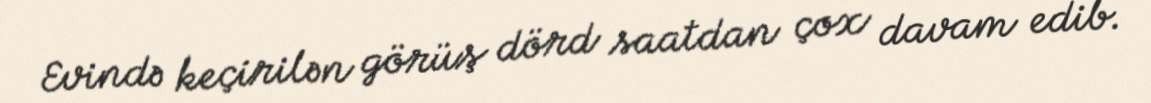
Evində keçirilən görüş dörd saatdan çox davam edib.